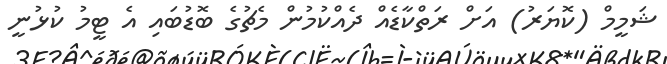
ޝަމީމް (ކޮޔަރު) އަށް ރަތްކާޑެއް ދެއްކުމުން މެޗުގެ ބޮޑުބައި އެ ޓީމު ކުޅުނީ